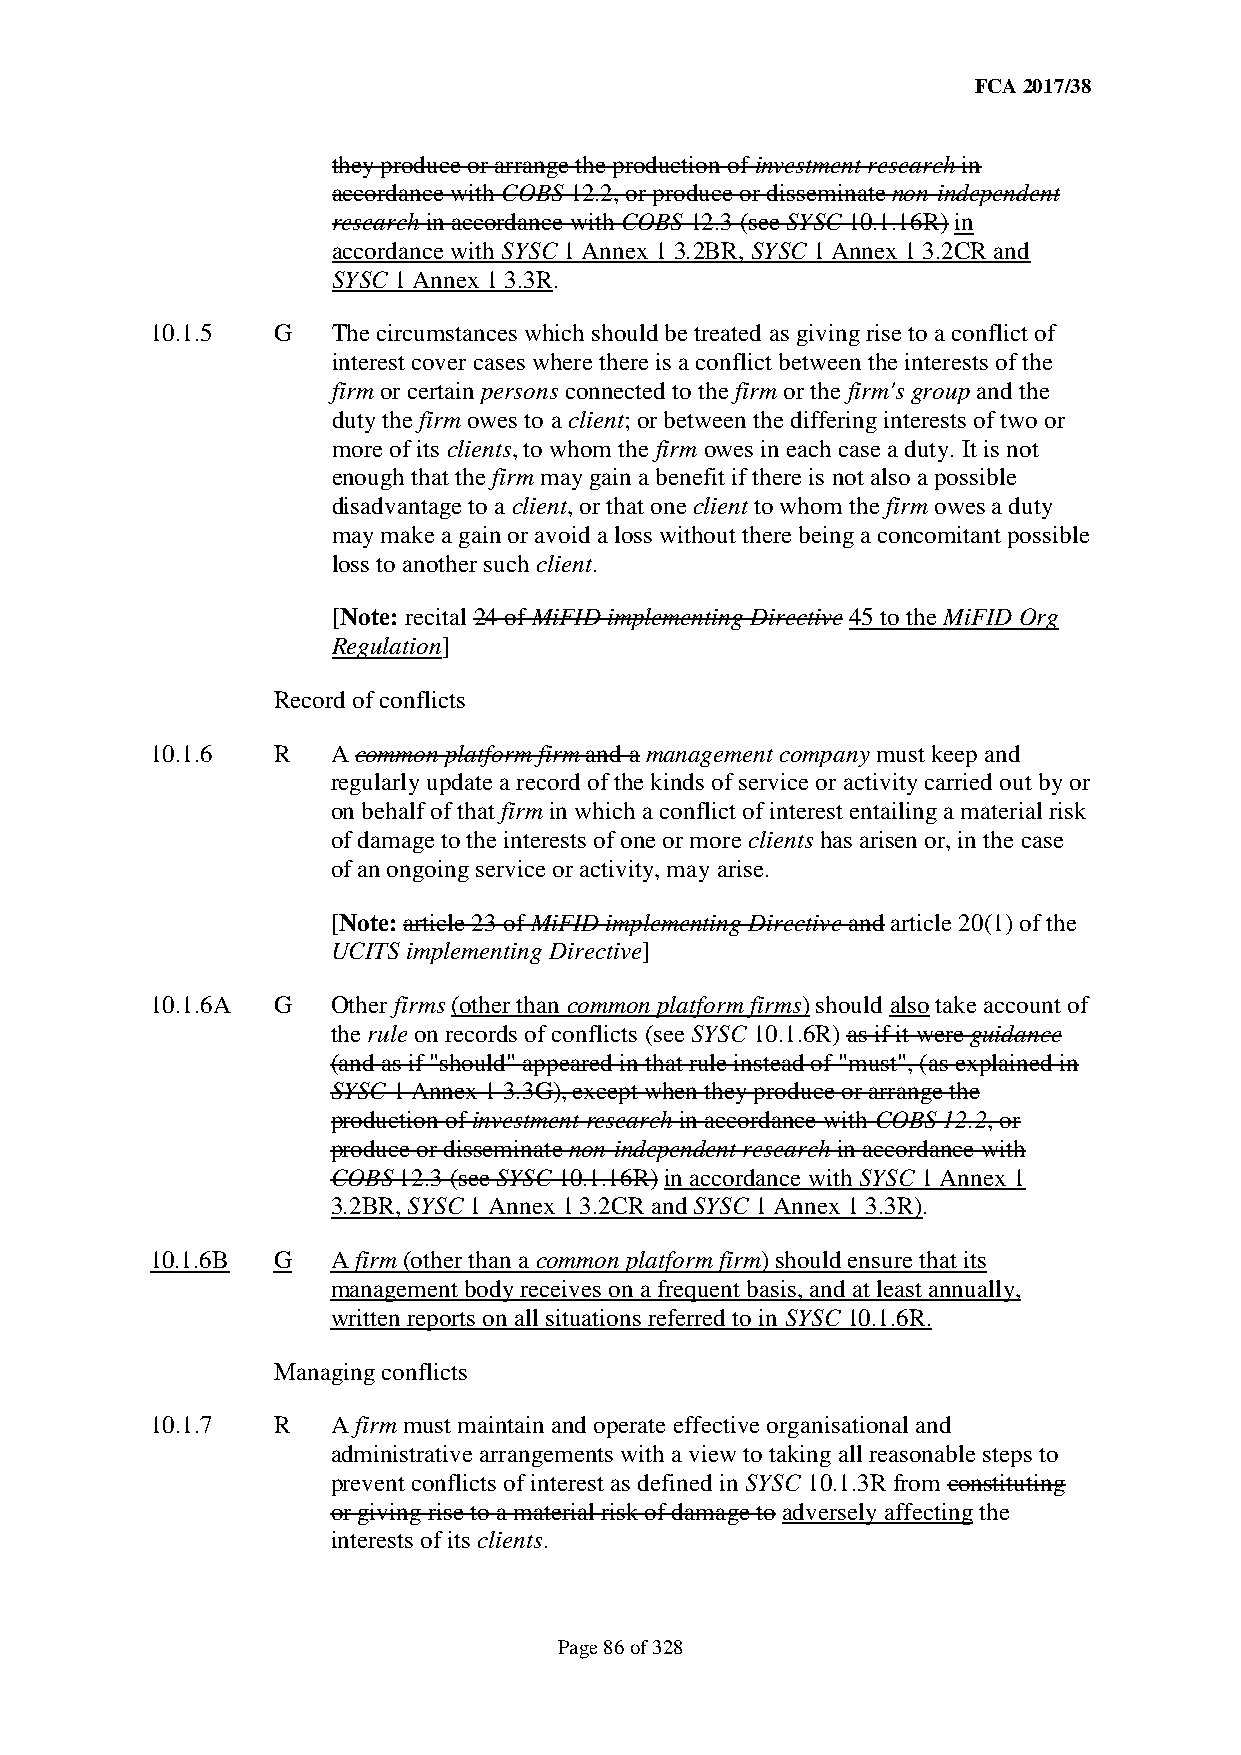
FCA 2017/38
 they produce or arrange the production of investment research in
 accordance with COBS 12.2, or produce or disseminate non-independent
 research in accordance with COBS 12.3 (see SYSC 10.1.16R) in
 accordance with SYSC 1 Annex 1 3.2BR, SYSC 1 Annex 1 3.2CR and
 SYSC 1 Annex 1 3.3R.
 10.1.5  G   The circumstances which should be treated as giving rise to a conflict of
 interest cover cases where there is a conflict between the interests of the
 firm or certain persons connected to the firm or the firm's group and the
 duty the firm owes to a client; or between the differing interests of two or
 more of its clients, to whom the firm owes in each case a duty. It is not
 enough that the firm may gain a benefit if there is not also a possible
 disadvantage to a client, or that one client to whom the firm owes a duty
 may make a gain or avoid a loss without there being a concomitant possible
 loss to another such client.
 [Note: recital 24 of MiFID implementing Directive 45 to the MiFID Org
 Regulation]
 Record of conflicts
 10.1.6  R   A common platform firm and a management company must keep and
 regularly update a record of the kinds of service or activity carried out by or
 on behalf of that firm in which a conflict of interest entailing a material risk
 of damage to the interests of one or more clients has arisen or, in the case
 of an ongoing service or activity, may arise.
 [Note: article 23 of MiFID implementing Directive and article 20(1) of the
 UCITS implementing Directive]
 10.1.6A G   Other firms (other than common platform firms) should also take account of
 the rule on records of conflicts (see SYSC 10.1.6R) as if it were guidance
 (and as if "should" appeared in that rule instead of "must", (as explained in
 SYSC 1 Annex 1 3.3G), except when they produce or arrange the
 production of investment research in accordance with COBS 12.2, or
 produce or disseminate non-independent research in accordance with
 COBS 12.3 (see SYSC 10.1.16R) in accordance with SYSC 1 Annex 1
 3.2BR, SYSC 1 Annex 1 3.2CR and SYSC 1 Annex 1 3.3R).
 10.1.6B G   A firm (other than a common platform firm) should ensure that its
 management body receives on a frequent basis, and at least annually,
 written reports on all situations referred to in SYSC 10.1.6R.
 Managing conflicts
 10.1.7  R   A firm must maintain and operate effective organisational and
 administrative arrangements with a view to taking all reasonable steps to
 prevent conflicts of interest as defined in SYSC 10.1.3R from constituting
 or giving rise to a material risk of damage to adversely affecting the
 interests of its clients.
 Page 86 of 328